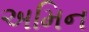
અમિન